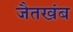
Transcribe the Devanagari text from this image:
जैतखंब